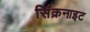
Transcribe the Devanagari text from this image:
सिंक्रनाइट